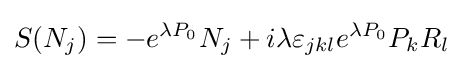
S(N_{j})=-e^{\lambda P_{0}}N_{j}+i\lambda \varepsilon _{jkl}e^{\lambda P_{0}}P_{k}R_{l}